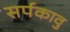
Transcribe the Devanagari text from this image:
सर्पकावु